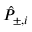
\hat { P } _ { \pm , i }